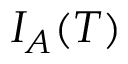
I _ { A } ( T )